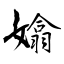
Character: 嬆